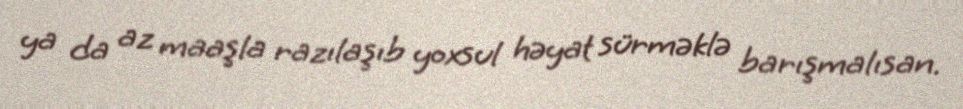
ya da az maaşla razılaşıb yoxsul həyat sürməklə barışmalısan.